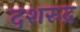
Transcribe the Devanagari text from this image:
दशरुद्र